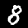
Digit: 8